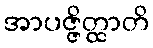
အာပဇ္ဇိတ္ထာတိ